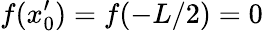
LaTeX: f(x_{0}^{\prime})=f(-L/2)=0